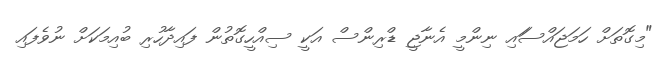
"މިގޮތަށް ހަމަޖައްސަައި ނިންމީ އެނާޖީ ޑްރިންސް އަކީ ސިއްހީގޮތުން ފައިދާހުރި ބުއިމަކަށް ނުވެފައި